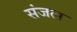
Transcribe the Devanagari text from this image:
संजल